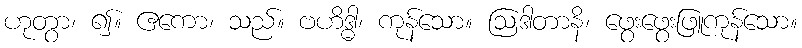
ဟုတွာ၊ ၍။ ဧကော၊ သည်။ ဗဟိဒ္ဓါ၊ ကုန်သော။ ဩဒါတာနိ၊ ဖွေးဖွေးဖြူကုန်သော။